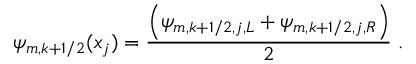
\psi _ { m , k + 1 / 2 } ( x _ { j } ) = \frac { \left( \psi _ { m , k + 1 / 2 , j , L } + \psi _ { m , k + 1 / 2 , j , R } \right) } { 2 } \; .